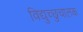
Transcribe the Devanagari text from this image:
विद्युच्छुचालक